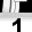
Digit: 1